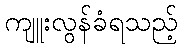
ကျူးလွန်ခံရသည့်